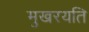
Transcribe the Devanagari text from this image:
मुखरयति